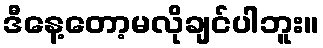
ဒီနေ့တော့မလိုချင်ပါဘူး။